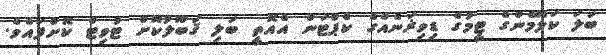
ބަލަ ކަލޭމެންގެ ޓީމުގެ ޑިވިޜަނެއްގެ ކެޕްޓަން އެއޮތީ ބަލި ޤަބޫލުކޮށް ޓުވިޓް ކޮށްފައެވެ.